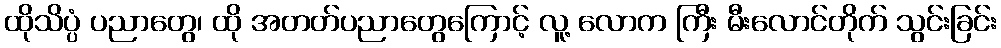
ထိုသိပ္ပံ ပညာတွေ၊ ထို အတတ်ပညာတွေကြောင့် လူ့ လောက ကြီး မီးလောင်တိုက် သွင်းခြင်း